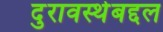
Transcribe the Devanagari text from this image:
दुरावस्थेबद्दल